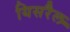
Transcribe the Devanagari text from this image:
यिसरैल